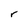
Character: r